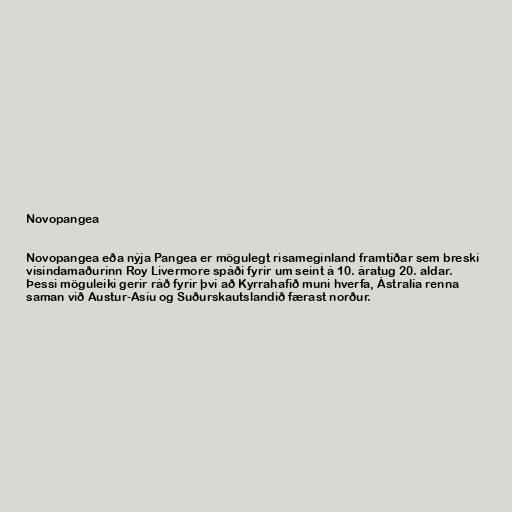
Novopangea

Novopangea eða nýja Pangea er mögulegt risameginland framtíðar sem breski
vísindamaðurinn Roy Livermore spáði fyrir um seint á 10. áratug 20. aldar.
Þessi möguleiki gerir ráð fyrir því að Kyrrahafið muni hverfa, Ástralía renna
saman við Austur-Asíu og Suðurskautslandið færast norður.